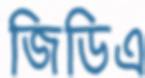
জিডিএ